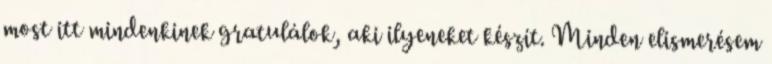
most itt mindenkinek gratulálok, aki ilyeneket készít. Minden elismerésem